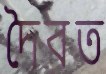
দৈবত